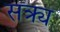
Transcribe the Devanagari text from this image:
सक्र्य